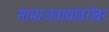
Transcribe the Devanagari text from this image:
सामाजवाद्यांवरोबर